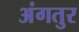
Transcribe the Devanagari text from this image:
अंगतुर